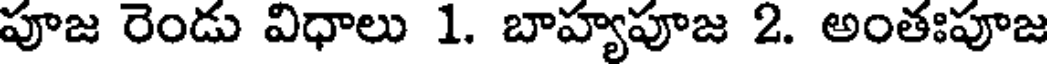
పూజ రెండు విధాలు 1. బాహ్యపూజ 2. అంతఃపూజ